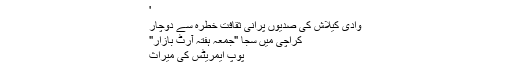
'
وادی کیلاش کی صدیوں پرانی ثقافت خطرہ سے دوچار
کراچی میں سجا "جمعہ ہفتہ آرٹ بازار"
پوپ ایمریٹس کی میراث